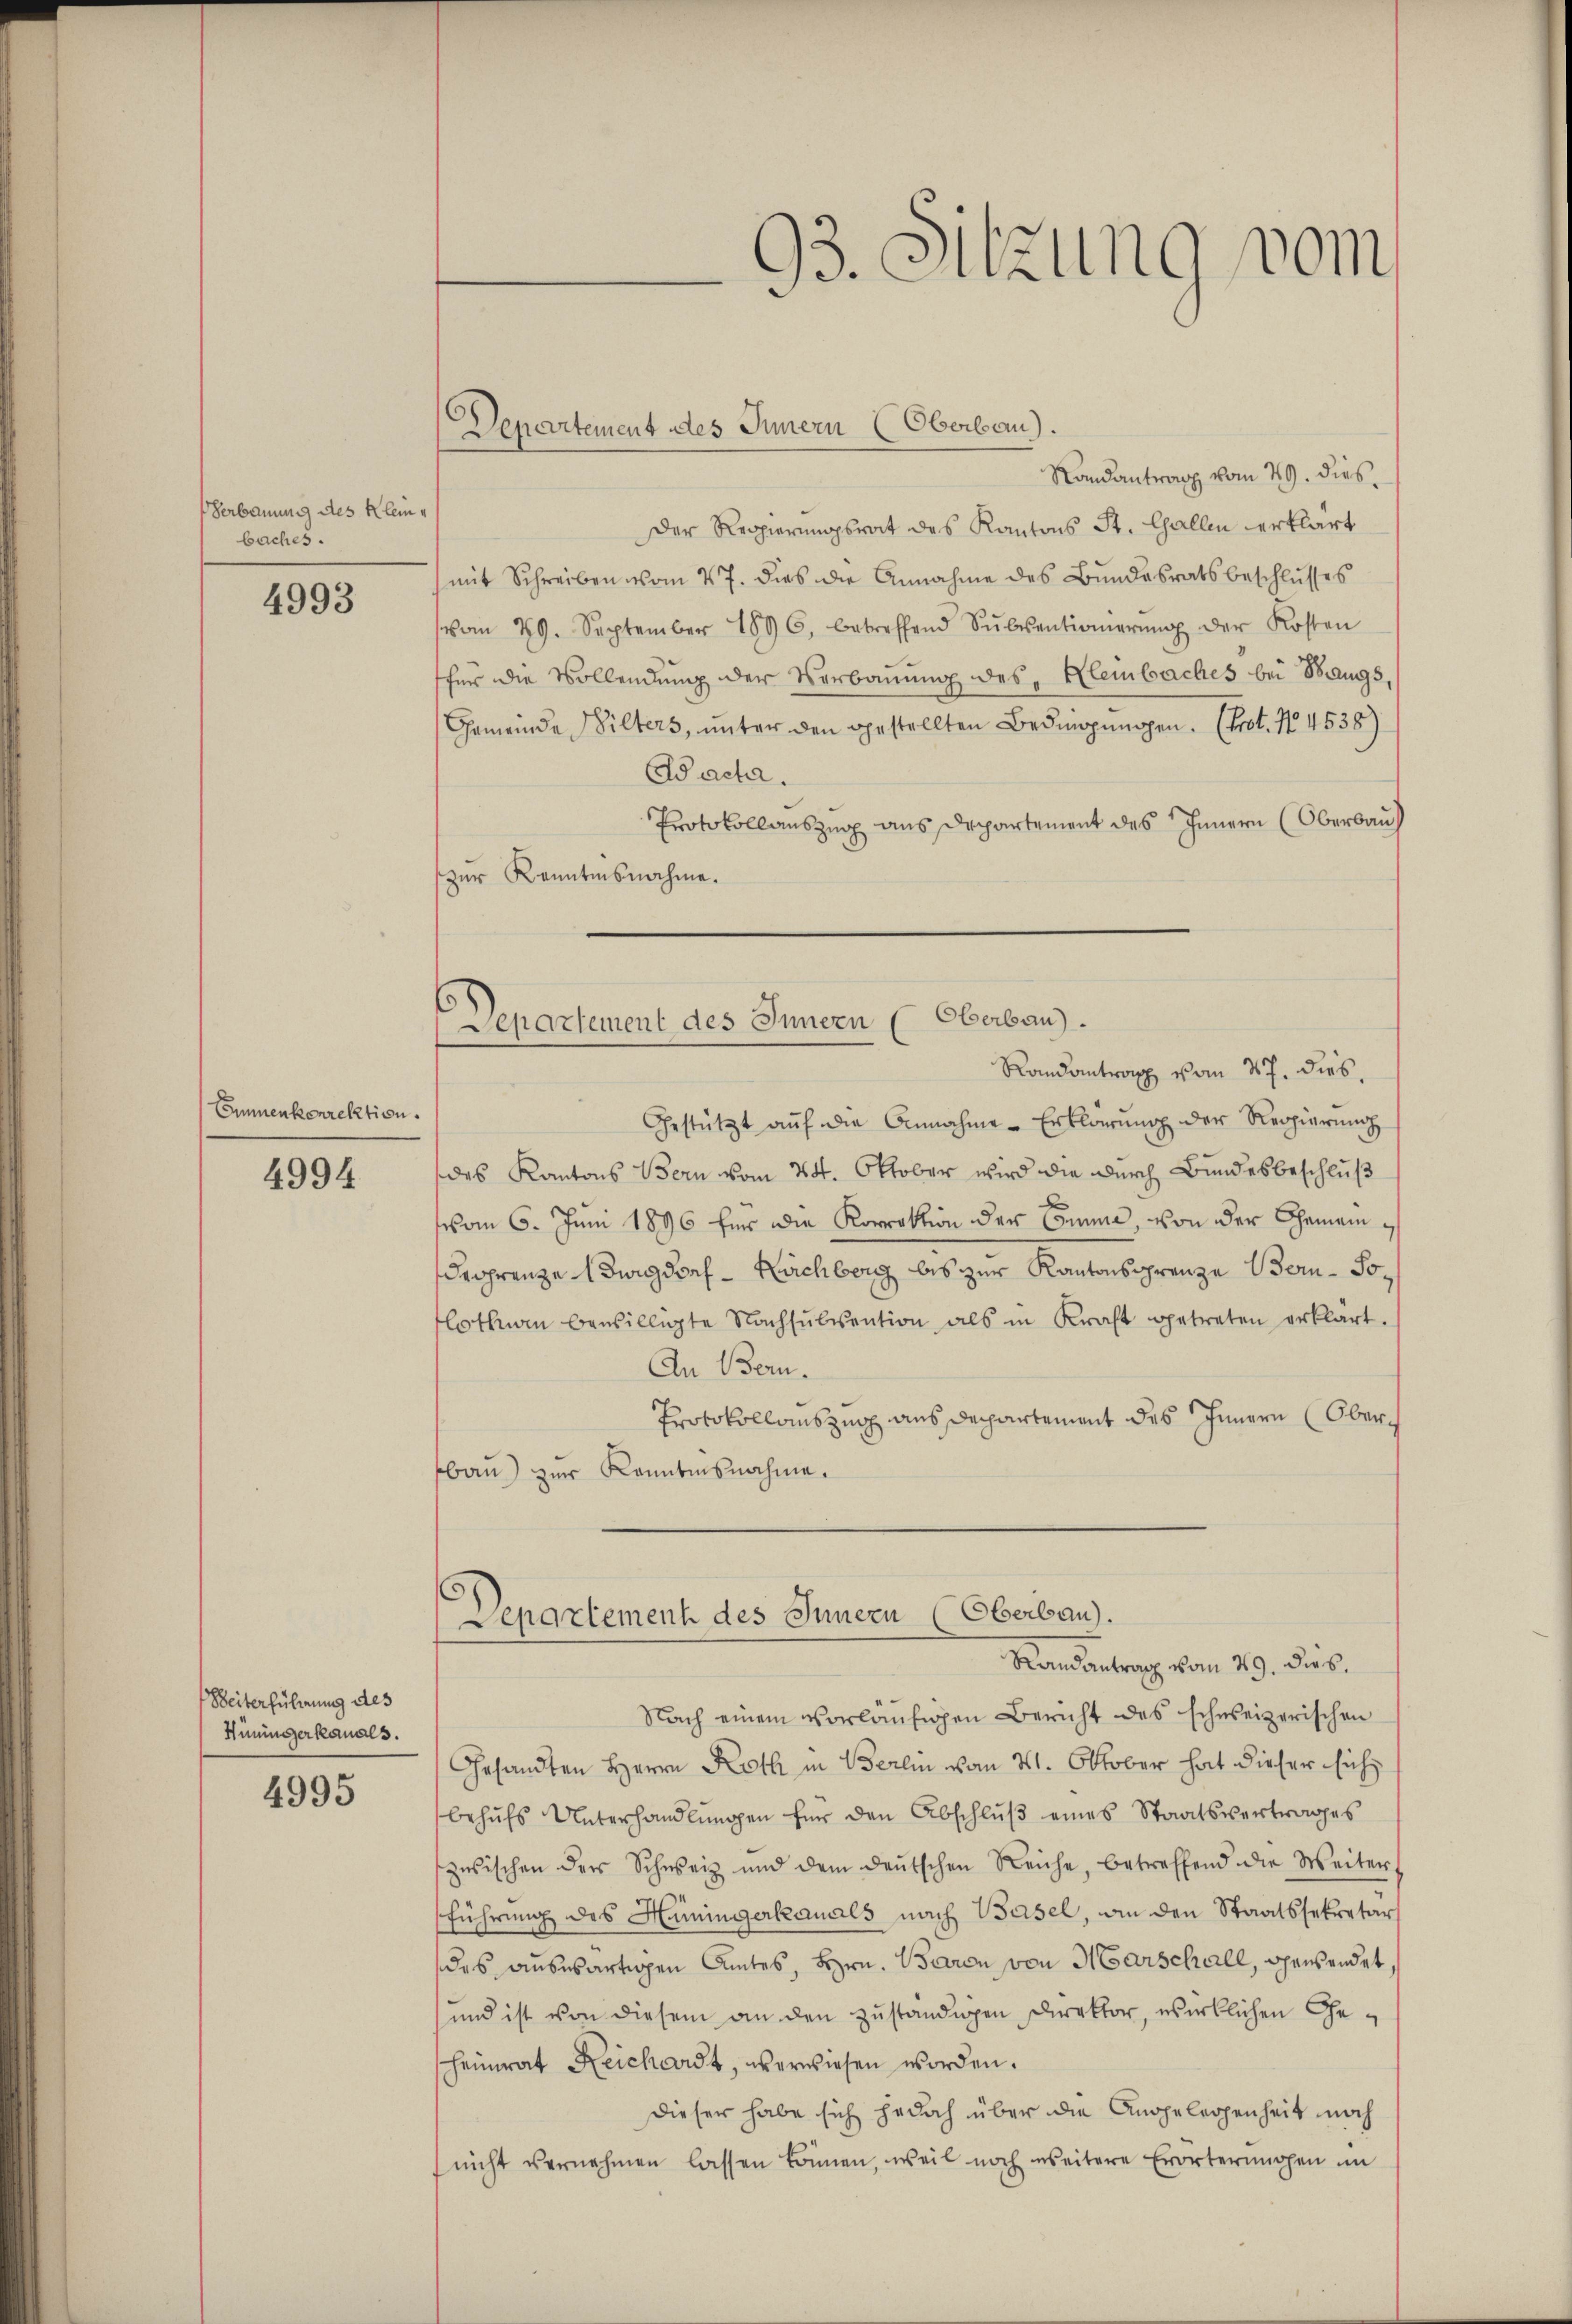
Verbauung des Kleine
baches.

4993

Emmenkorrektion.

4994

Weiterführung des
Hüningerkanals.

4995

93. Sitzung vom

Departement des Innern (Oberbau).

Randantrag vom 29. dies
Der Regierungsrat des Kantons St. Gallen erklärt
mit Schreiben vom 27. dies die Annahme des Bundesratsbeschlusses
vom 29. September 1896, betreffend Sŭbventionierŭng der Kosten
für die Vollendung der Verbauung des Kleinbaches bei Bangs
Gemeinde Bilters, unter den gestellten Bedingungen. (Erot. No. 4538)
Aache.
Protokollauszug aus Departement des Innern (Oberbau
zur Kenntnisnahme.
Departement des Innern (Oberbau).
Randantrag vom 27. dies,
Gestützt aŭf die Annahme Erklärung der Regierŭng
des Kantons Bern vom 24. Oktober wird die durch Bundesbeschluß
vom 6. Juni 1896 für die Korrektion der Benen, von der Gemein
degrenze Burgdorf - Kirchberg bis zur Kantonsgrenze Bern-Solothurn bewilligte Nachsŭbvention als in Kraft getreten erklärt.
An Bern.
Protokollauszug aus Departement des Innern (Oberbau) zur Kenntnisnahme.

Departement des Innern (Oberbau).
Randantrag vom 29. Dieb

Nach einem vorläufigen Bericht des schweizerischen
Gesandten Herrn Roth in Berlin vom 21. Oktober hat dieser sich
behŭfs Unterhandlŭngen für den Abschlŭβ eines Staatsvertrages
zwischen der Schweiz und dem deŭtschen Reiche, betreffend die Weiter
führŭng des Hüningerkanals nach Basel, an den Staatssekretär
des auswärtigen Amtes, Hrn. Baron von Marschall, gewendet
und ist von diesem an den zuständigen Direktor, wirklichen Gescheinwat Reichardt, verwiesen worden.
Dieser habe sich jedoch über die Angelegenheit noch
(nicht vernehmen lassen können, weil noch weitere Erörterungen im